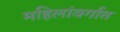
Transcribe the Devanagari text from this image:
महिलांवर्गात